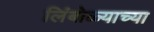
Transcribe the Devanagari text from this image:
लिंबोळ्याच्या